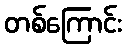
တစ်ကြောင်း